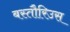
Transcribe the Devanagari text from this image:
बस्तौरिउस